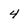
Character: 4